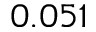
0 . 0 5 1